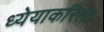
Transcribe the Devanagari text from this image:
ध्येयाकरिता